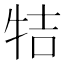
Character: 㸵